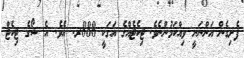
ފެށިގެން އަންނަނީ ވިއްކަމުންނެވެ. ޓިކެޓެއްގެ އަގަކީ 888ރ. އެވެ. އެ ޝޯގެ ޓިކެޓް